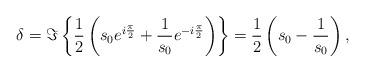
LaTeX: \begin{align*} \delta = \Im \left\lbrace \frac{1}{2} \left( s_0 e^{i \frac{\pi}{2}}+\frac{1}{s_0} e^{-i \frac{\pi}{2}} \right) \right\rbrace = \frac{1}{2} \left( s_0-\frac{1}{s_0} \right),\end{align*}